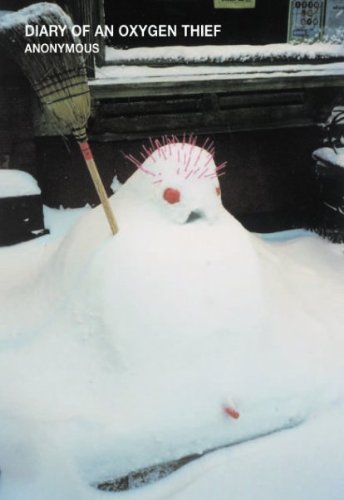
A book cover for Diary Of An Oxygen Thief; Anonymous; Literature & Fiction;